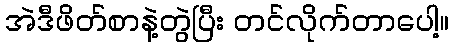
အဲဒီဖိတ်စာနဲ့တွဲပြီး တင်လိုက်တာပေါ့။